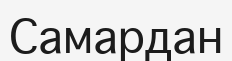
Самардан